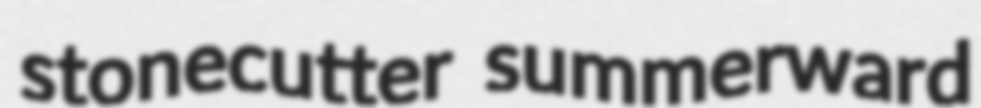
stonecutter summerward